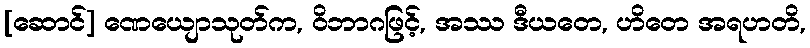
[ဆောင်] ဏေယျောသုတ်က, ဝိဘာဂဖြင့်, အဿ ဒီယတေ, ဟိတေ အရဟတိ,